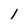
Character: 1